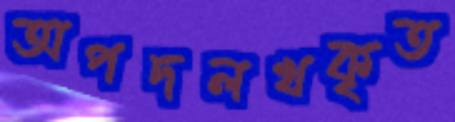
অপদলখকৃত